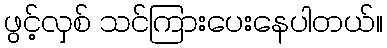
ဖွင့်လှစ် သင်ကြားပေးနေပါတယ်။